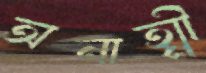
অনাত্মী